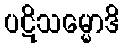
ပဋိသမ္မောဒိ